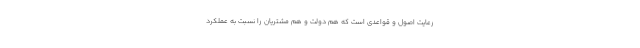
رعایت اصول و قواعدی است که هم دولت و هم مشتریان را نسبت به عملکرد